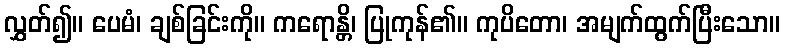
လွှတ်၍။ ပေမံ၊ ချစ်ခြင်းကို။ ကရောန္တိ၊ ပြုကုန်၏။ ကုပိတော၊ အမျက်ထွက်ပြီးသော။